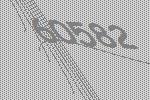
60582